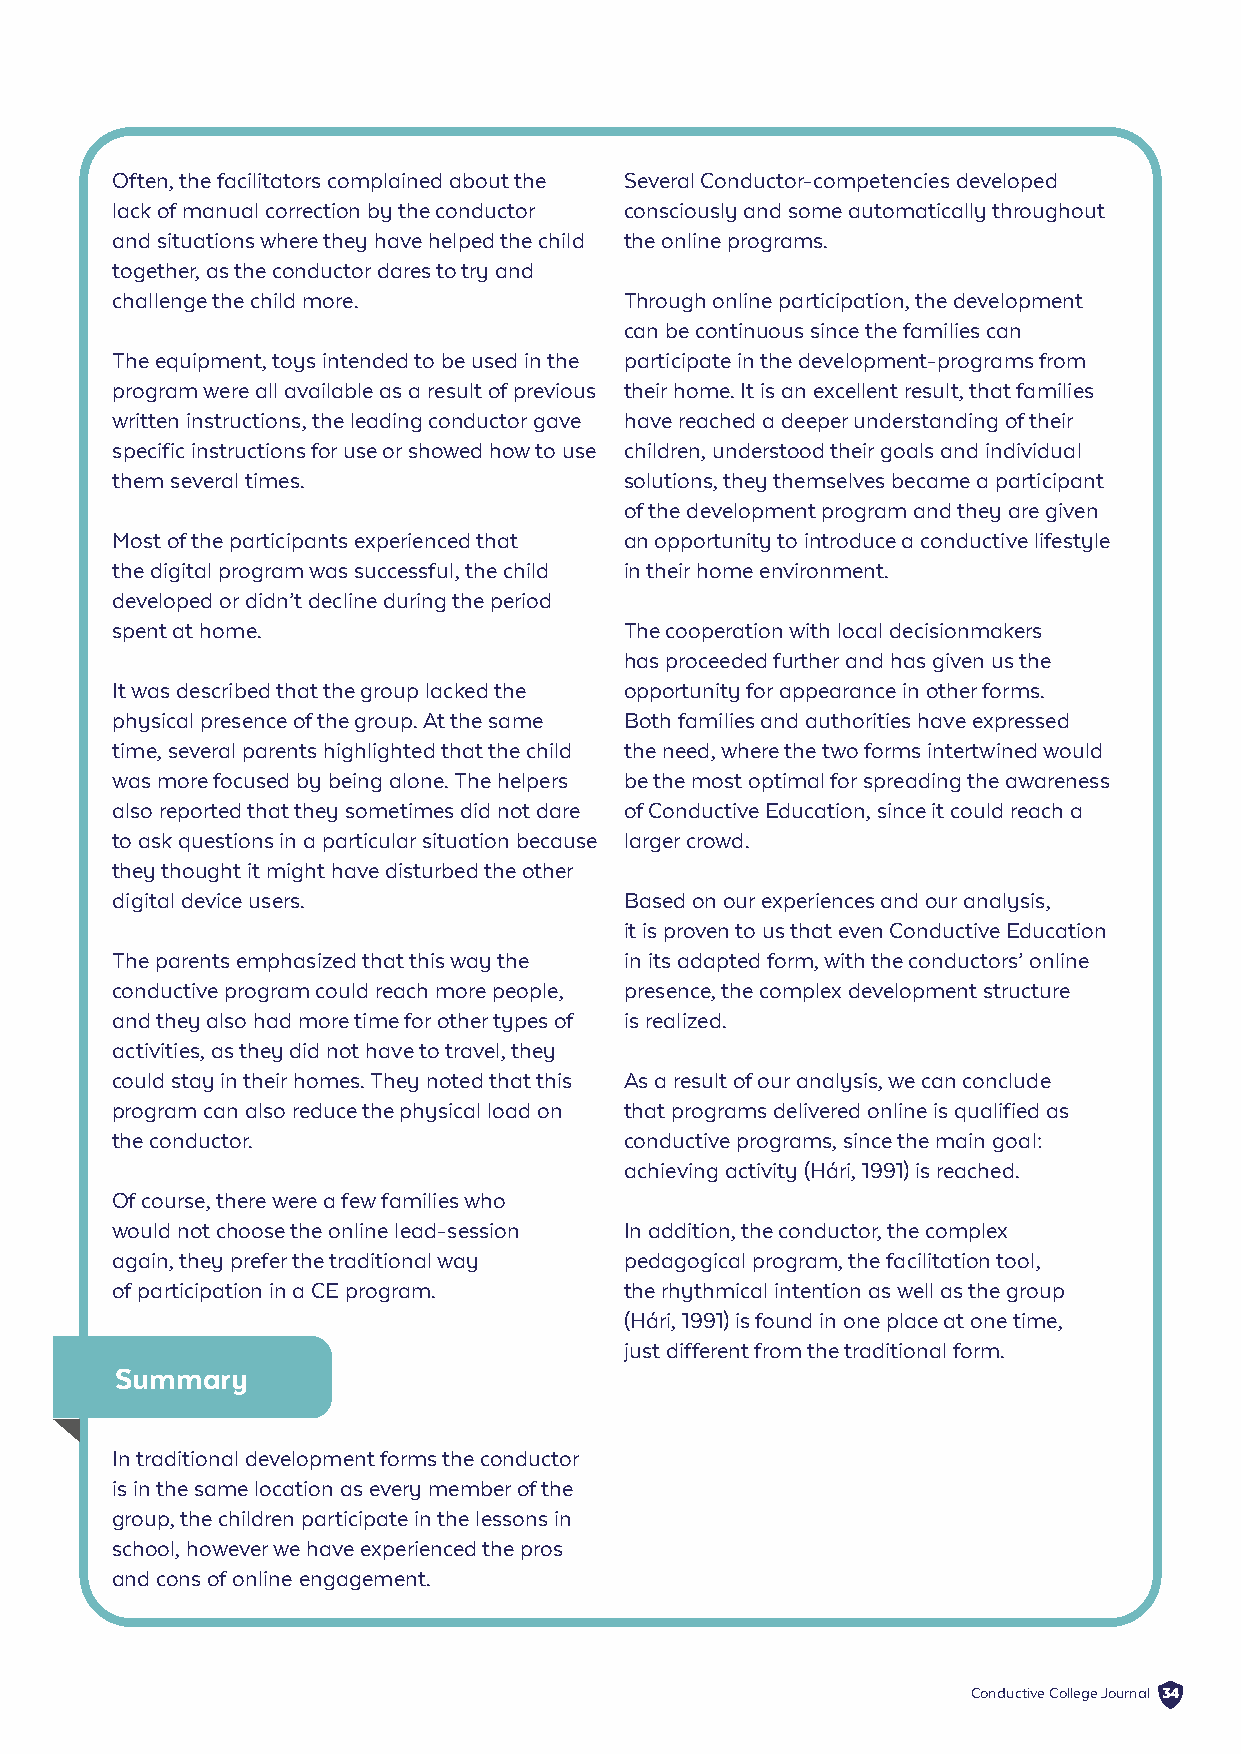
Often, the facilitators complained about the Several Conductor-competencies developed
 lack of manual correction by the conductor consciously and some automatically throughout
 and situations where they have helped the child the online programs.
 together, as the conductor dares to try and
 challenge the child more.         Through online participation, the development
 can be continuous since the families can
 The equipment, toys intended to be used in the participate in the development-programs from
 program were all available as a result of previous their home. It is an excellent result, that families
 written instructions, the leading conductor gave have reached a deeper understanding of their
 specific instructions for use or showed how to use children, understood their goals and individual
 them several times.               solutions, they themselves became a participant
 of the development program and they are given
 Most of the participants experienced that an opportunity to introduce a conductive lifestyle
 the digital program was successful, the child in their home environment.
 developed or didn’t decline during the period
 spent at home.                    The cooperation with local decisionmakers
 has proceeded further and has given us the
 It was described that the group lacked the opportunity for appearance in other forms.
 physical presence of the group. At the same Both families and authorities have expressed
 time, several parents highlighted that the child the need, where the two forms intertwined would
 was more focused by being alone. The helpers be the most optimal for spreading the awareness
 also reported that they sometimes did not dare of Conductive Education, since it could reach a
 to ask questions in a particular situation because larger crowd.
 they thought it might have disturbed the other
 digital device users.             Based on our experiences and our analysis,
 it is proven to us that even Conductive Education
 The parents emphasized that this way the in its adapted form, with the conductors’ online
 conductive program could reach more people, presence, the complex development structure
 and they also had more time for other types of is realized.
 activities, as they did not have to travel, they
 could stay in their homes. They noted that this As a result of our analysis, we can conclude
 program can also reduce the physical load on that programs delivered online is qualified as
 the conductor.                    conductive programs, since the main goal:
 achieving activity (Hári, 1991) is reached.
 Of course, there were a few families who
 would not choose the online lead-session In addition, the conductor, the complex
 again, they prefer the traditional way pedagogical program, the facilitation tool,
 of participation in a CE program. the rhythmical intention as well as the group
 (Hári, 1991) is found in one place at one time,
 just different from the traditional form.
 Summary
 In traditional development forms the conductor
 is in the same location as every member of the
 group, the children participate in the lessons in
 school, however we have experienced the pros
 and cons of online engagement.
 Conductive College Journal 34